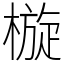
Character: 㯀